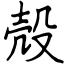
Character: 殻